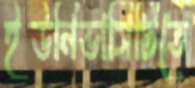
ইউনিভার্সিটিতে